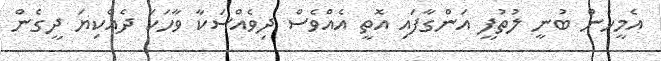
އެމީހުން ބުނީ ލުތުފީ އަންގާފައި އޮތީ އެއްވެސް ދިވެއްސަކާ ވާހަކަ ދެއްކިޔަ ދީގެން